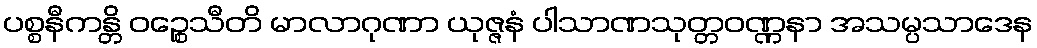
ပစ္စနီကန္တိ ဝဉ္စေသီတိ မာလာဂုဏာ ယုဇ္ဇနံ ပါသာဏသုတ္တဝဏ္ဏနာ အသမ္ပသာဒေန